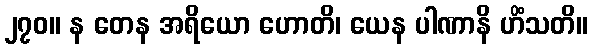
၂၇၀။ န တေန အရိယော ဟောတိ၊ ယေန ပါဏာနိ ဟိံသတိ။